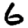
Digit: 6